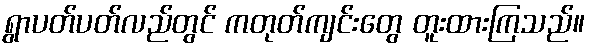
ရွာပတ်ပတ်လည်တွင် ကတုတ်ကျင်းတွေ တူးထားကြသည်။